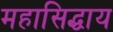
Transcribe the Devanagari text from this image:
महासिद्धाय